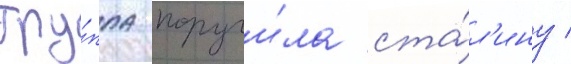
Гру́ппа поручи́ла ста́л'ину /